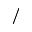
/